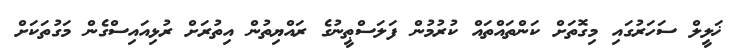
ޚަލީލް ސަހަރުގައި މިގޮތަށް ކަންތައްތައް ކުރުމުން ފަލަސްޠީނުގެ ރައްޔިތުން އިތުރަށް ރުޅިއައިސްގެން މަގުތަކަށް